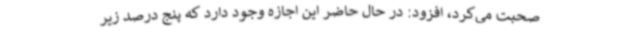
صحبت می‌کرد، افزود: در حال حاضر این اجازه وجود دارد که پنج درصد زیر